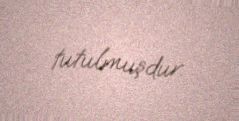
tutulmuşdur.